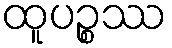
ထူပဉ္စဿ